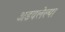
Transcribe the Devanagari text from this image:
अडवलेल्या